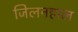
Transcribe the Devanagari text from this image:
जिलनहाल